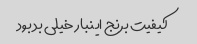
کیفیت برنج اینبار خیلی بد بود